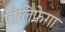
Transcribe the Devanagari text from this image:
पॉलिफ़ेगा